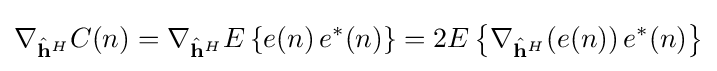
\nabla _{{\hat {\mathbf {h} }}^{H}}C(n)=\nabla _{{\hat {\mathbf {h} }}^{H}}E\left\{e(n)\,e^{*}(n)\right\}=2E\left\{\nabla _{{\hat {\mathbf {h} }}^{H}}(e(n))\,e^{*}(n)\right\}